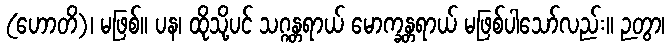
(ဟောတိ)၊ မဖြစ်။ ပန၊ ထိုသို့ပင် သဂ္ဂန္တရာယ် မောက္ခန္တရာယ် မဖြစ်ပါသော်လည်း။ ဉတွာ၊